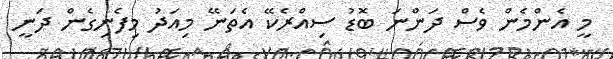
މީ އެންމެން ވެސް ދަންނަ ބޮޑު ސިއްރެކޭ އެތަނޭ މިއަދު މިފެނިގެން ދަނީ